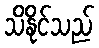
သိနိုင်သည်